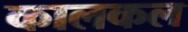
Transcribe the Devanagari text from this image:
कालकल